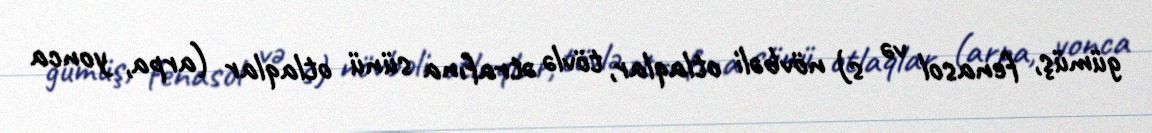
gümüş, fenasol və s) növbəli otlaqlar, tövlə ətrafına sünü otlaqlar (arpa, yonca